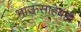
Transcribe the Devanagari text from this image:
भाऊसाहेबही